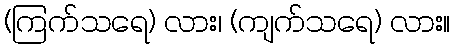
(ကြက်သရေ) လား၊ (ကျက်သရေ) လား။